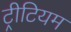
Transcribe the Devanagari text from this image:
ट्रीटियम